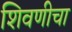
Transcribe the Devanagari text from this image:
शिवणीचा